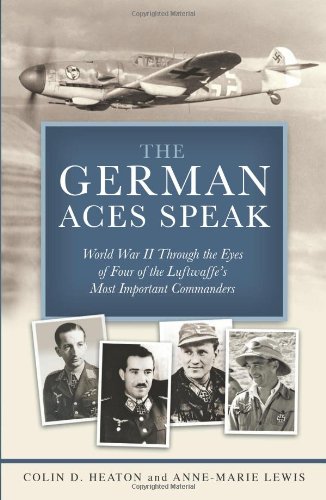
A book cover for The German Aces Speak: World War II Through the Eyes of Four of the Luftwaffe's Most Important Commanders; Colin D. Heaton; History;